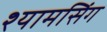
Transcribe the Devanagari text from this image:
श्यामसिंग